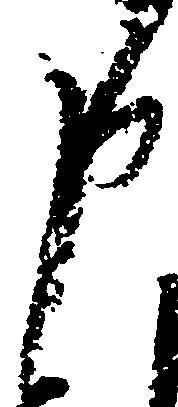
申